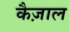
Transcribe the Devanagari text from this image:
कैज़ाल